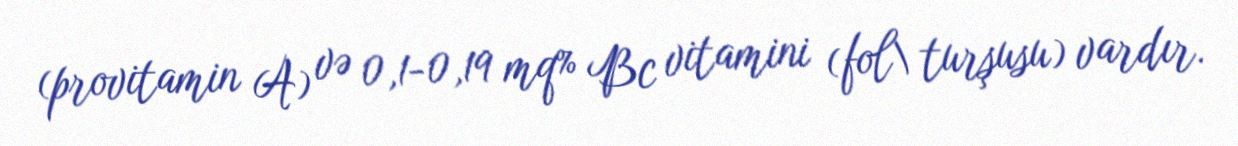
(provitamin A) və 0,1-0,19 mq% Bc vitamini (fol\ turşusu) vardır.